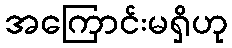
အကြောင်းမရှိဟု